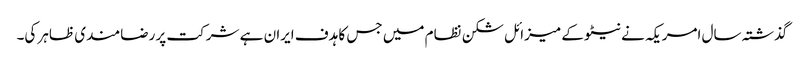
گذشتہ سال امریکہ نے نیٹو کے میزائل شکن نظام میں جس کا ہدف ایران ہے شرکت پر رضامندی ظاہر کی۔